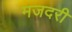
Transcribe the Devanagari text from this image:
मजदरी